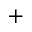
+